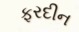
ફરદીન